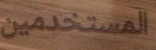
المستخدمين